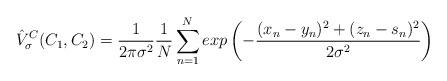
LaTeX: \begin{align*}\hat{V}^{C}_{\sigma}(C_{1},C_{2}) = \frac{1}{2\pi\sigma^{2}} \frac{1}{N} \sum\limits_{n=1}^N exp \left ( -\frac{(x_{n} - y_{n})^{2} + (z_{n} - s_{n})^{2} }{2\sigma^2} \right ) \end{align*}